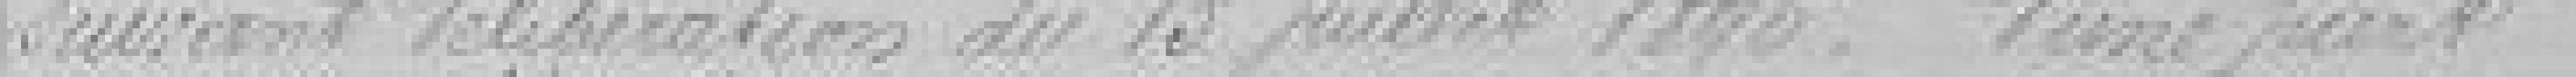
suivant délibération du 13 juillet 1896, d'une part